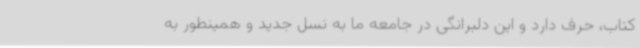
کتاب، حرف دارد و این دلبرانگی در جامعه ما به نسل جدید و همینطور به